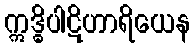
ဣဒ္ဓိပါဋိဟာရိယေန